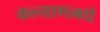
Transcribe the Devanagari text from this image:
कल्याणमधे